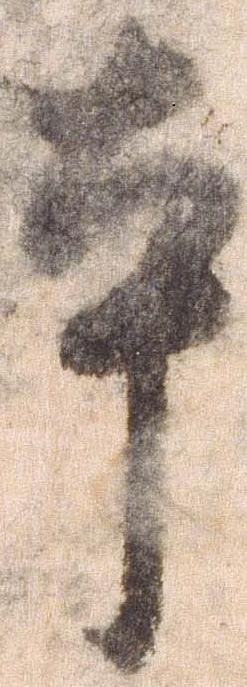
本